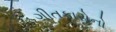
ગીતકારોનો